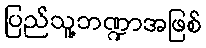
ပြည်သူ့ဘဏ္ဍာအဖြစ်